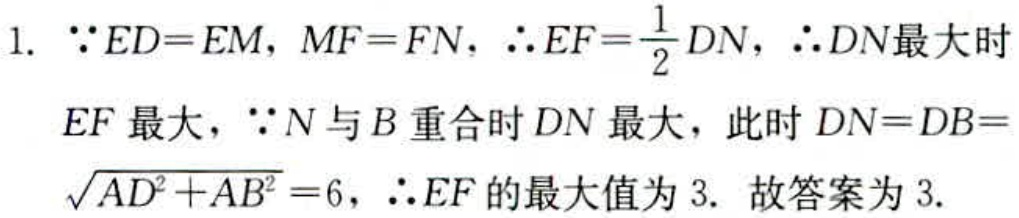
1. $\because ED = EM$, $MF = FN$, $\therefore EF=\frac{1}{2}DN$, $\therefore DN$最大时
$EF$最大，$\because N$与$B$重合时$DN$最大，此时$DN = DB =$
$\sqrt{AD^{2}+AB^{2}} = 6$, $\therefore EF$的最大值为$3$. 故答案为$3$.